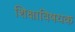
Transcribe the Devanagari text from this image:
शिक्षाविषयक